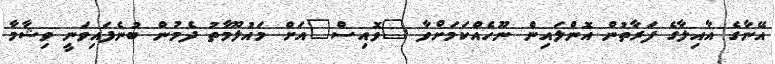
އޭނާގެ އާއިލާގެ ފަރާތުން އޮންލައިން ނޫހެއްކަމަށްވާ "ވޮއިސް"އަށް މައުލޫމާތު ދެމުން ބުނެފައިވަނީ ވިޝާމާ